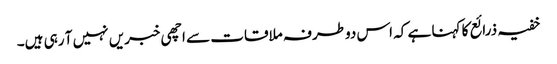
خفیہ ذرائع کا کہنا ہے کہ اس دوطرفہ ملاقات سے اچھی خبریں نہیں آ رہی ہیں۔